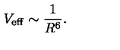
V _ { \mathrm { e f f } } \sim { \frac { 1 } { R ^ { 6 } } } .